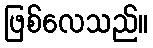
ဖြစ်လေသည်။